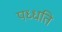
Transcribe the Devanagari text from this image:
पध्धति